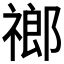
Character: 𬓌